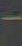
-